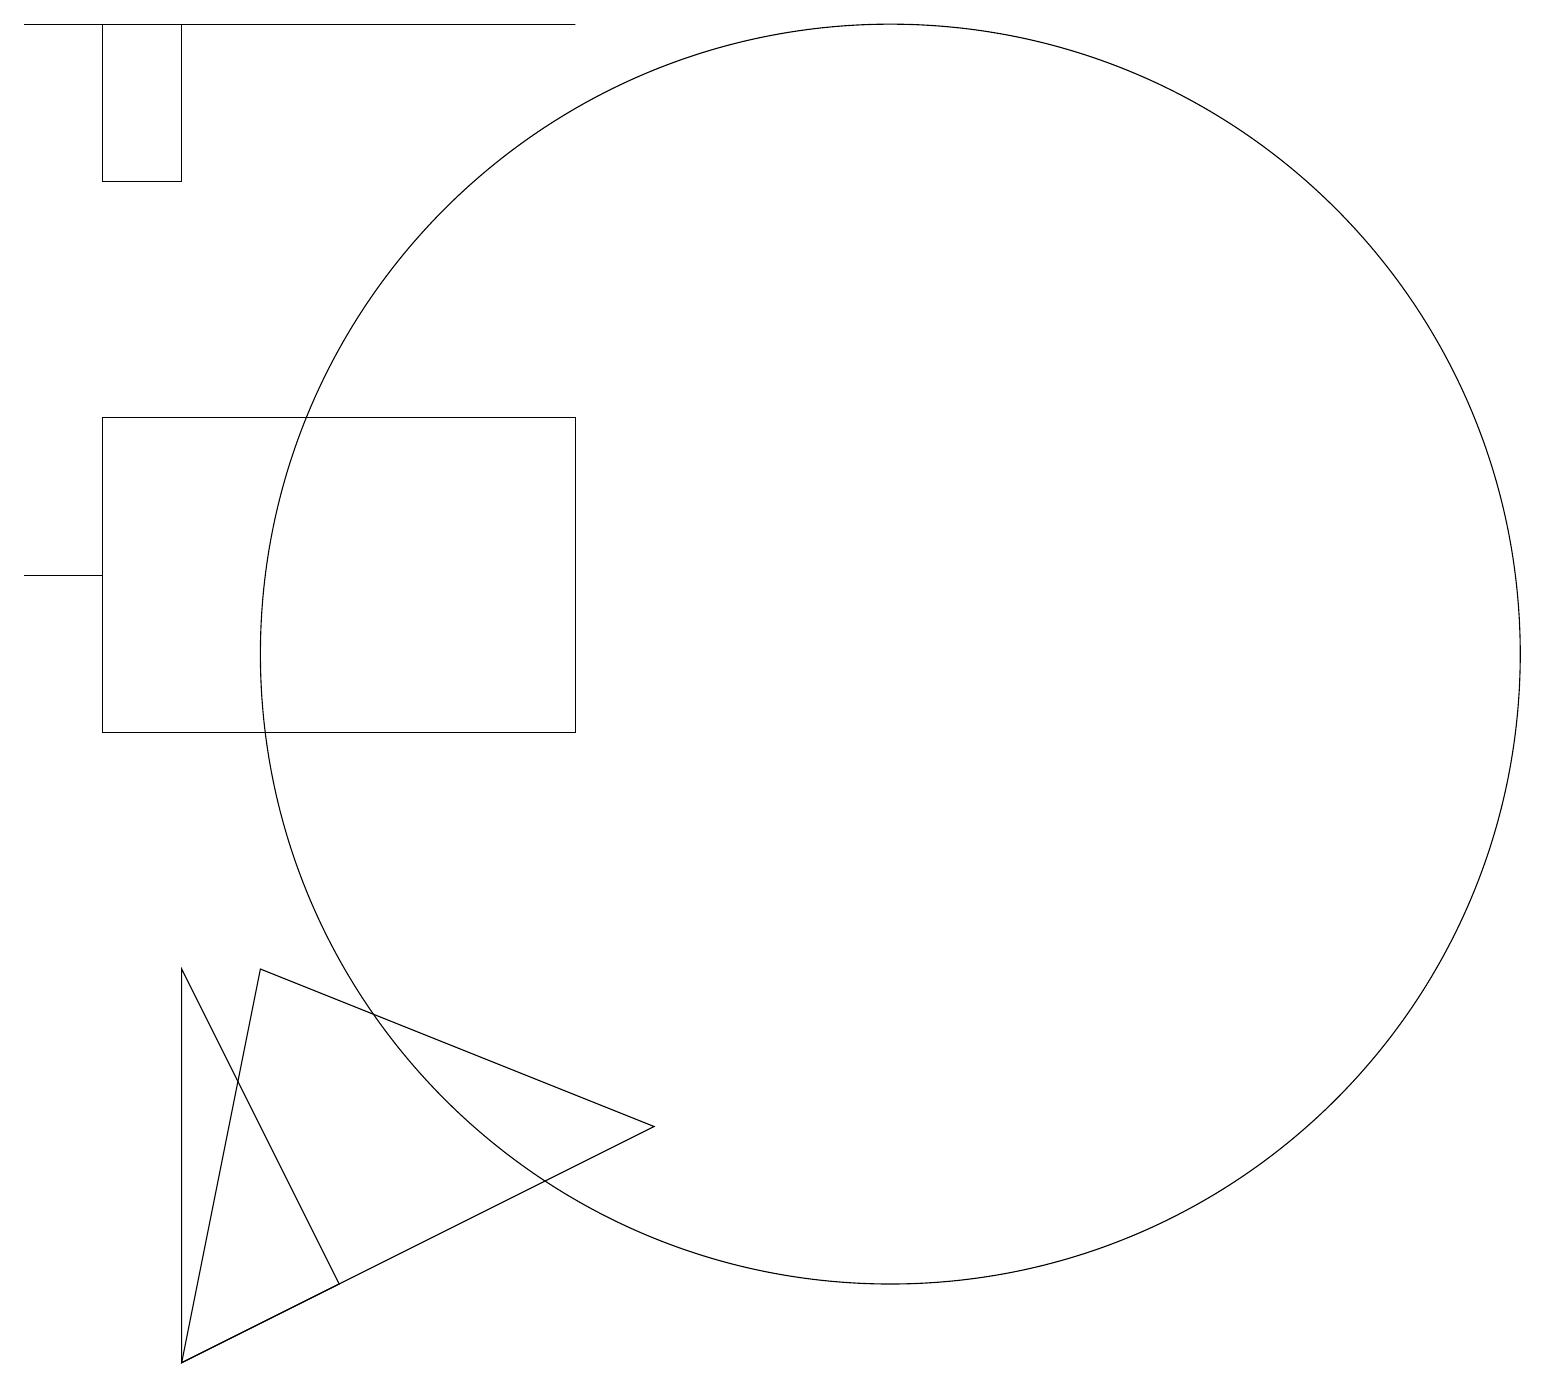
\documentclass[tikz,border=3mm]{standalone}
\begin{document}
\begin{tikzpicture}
\draw (12,11) circle (8);
\draw (8,19) rectangle (1,19);
\draw (2,12) rectangle (1,12);
\draw (4,7) -- (9,5) -- (3,2) -- cycle;
\draw (2,14) rectangle (8,10);
\draw (10,11) circle (0);
\draw (3,19) rectangle (2,17);
\draw (3,2) -- (3,7) -- (5,3) -- cycle;
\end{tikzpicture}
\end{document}